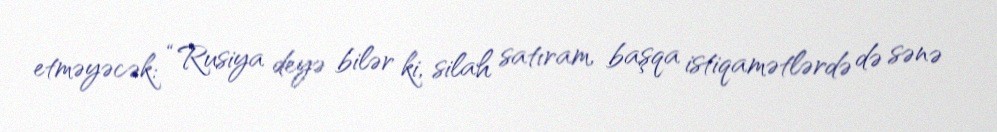
etməyəcək: “Rusiya deyə bilər ki, silah satıram, başqa istiqamətlərdə də sənə